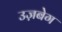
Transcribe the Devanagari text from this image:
उज़बेग